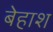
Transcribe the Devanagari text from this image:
बेहाश